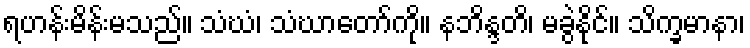
ရဟန်းမိန်းမသည်။ သံဃံ၊ သံဃာတော်ကို။ နဘိန္ဒတိ၊ မခွဲနိုင်။ သိက္ခမာနာ၊